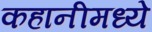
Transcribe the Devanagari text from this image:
कहानीमध्ये